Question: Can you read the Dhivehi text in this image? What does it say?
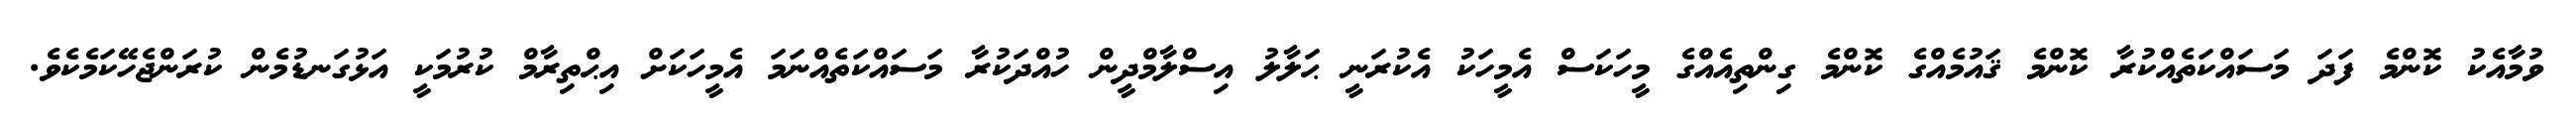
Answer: ވުމާއެކު ކޮންމެ ފަދަ މަސައްކަތެއްކުރާ ކޮންމެ ޤައުމެއްގެ ކޮންމެ ގިންތިއެއްގެ މީހަކަސް އެމީހަކު އެކުރަނީ ޙަލާލު އިސްލާމްދީން ހުއްދަކުރާ މަސައްކަތެއްނަމަ އެމީހަކަށް އިޙްތިރާމް ކުރުމަކީ އަޅުގަނޑުމެން ކުރަންޖެހޭކަމެކެވެ.